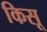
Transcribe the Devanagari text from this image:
किसू